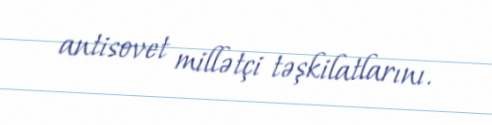
antisovet millətçi təşkilatlarını.